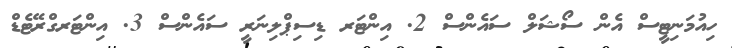
ހިއުމަނިޓީސް އެން ސޯޝަލް ސައެންސް 2. އިންޓަރ ޑިސިޕްލިނަރީ ސައެންސް 3. އިންޓަރގްރޭޓެޑް